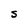
Character: S